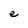
Character: e